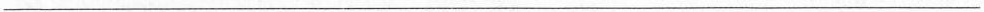
___